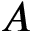
A